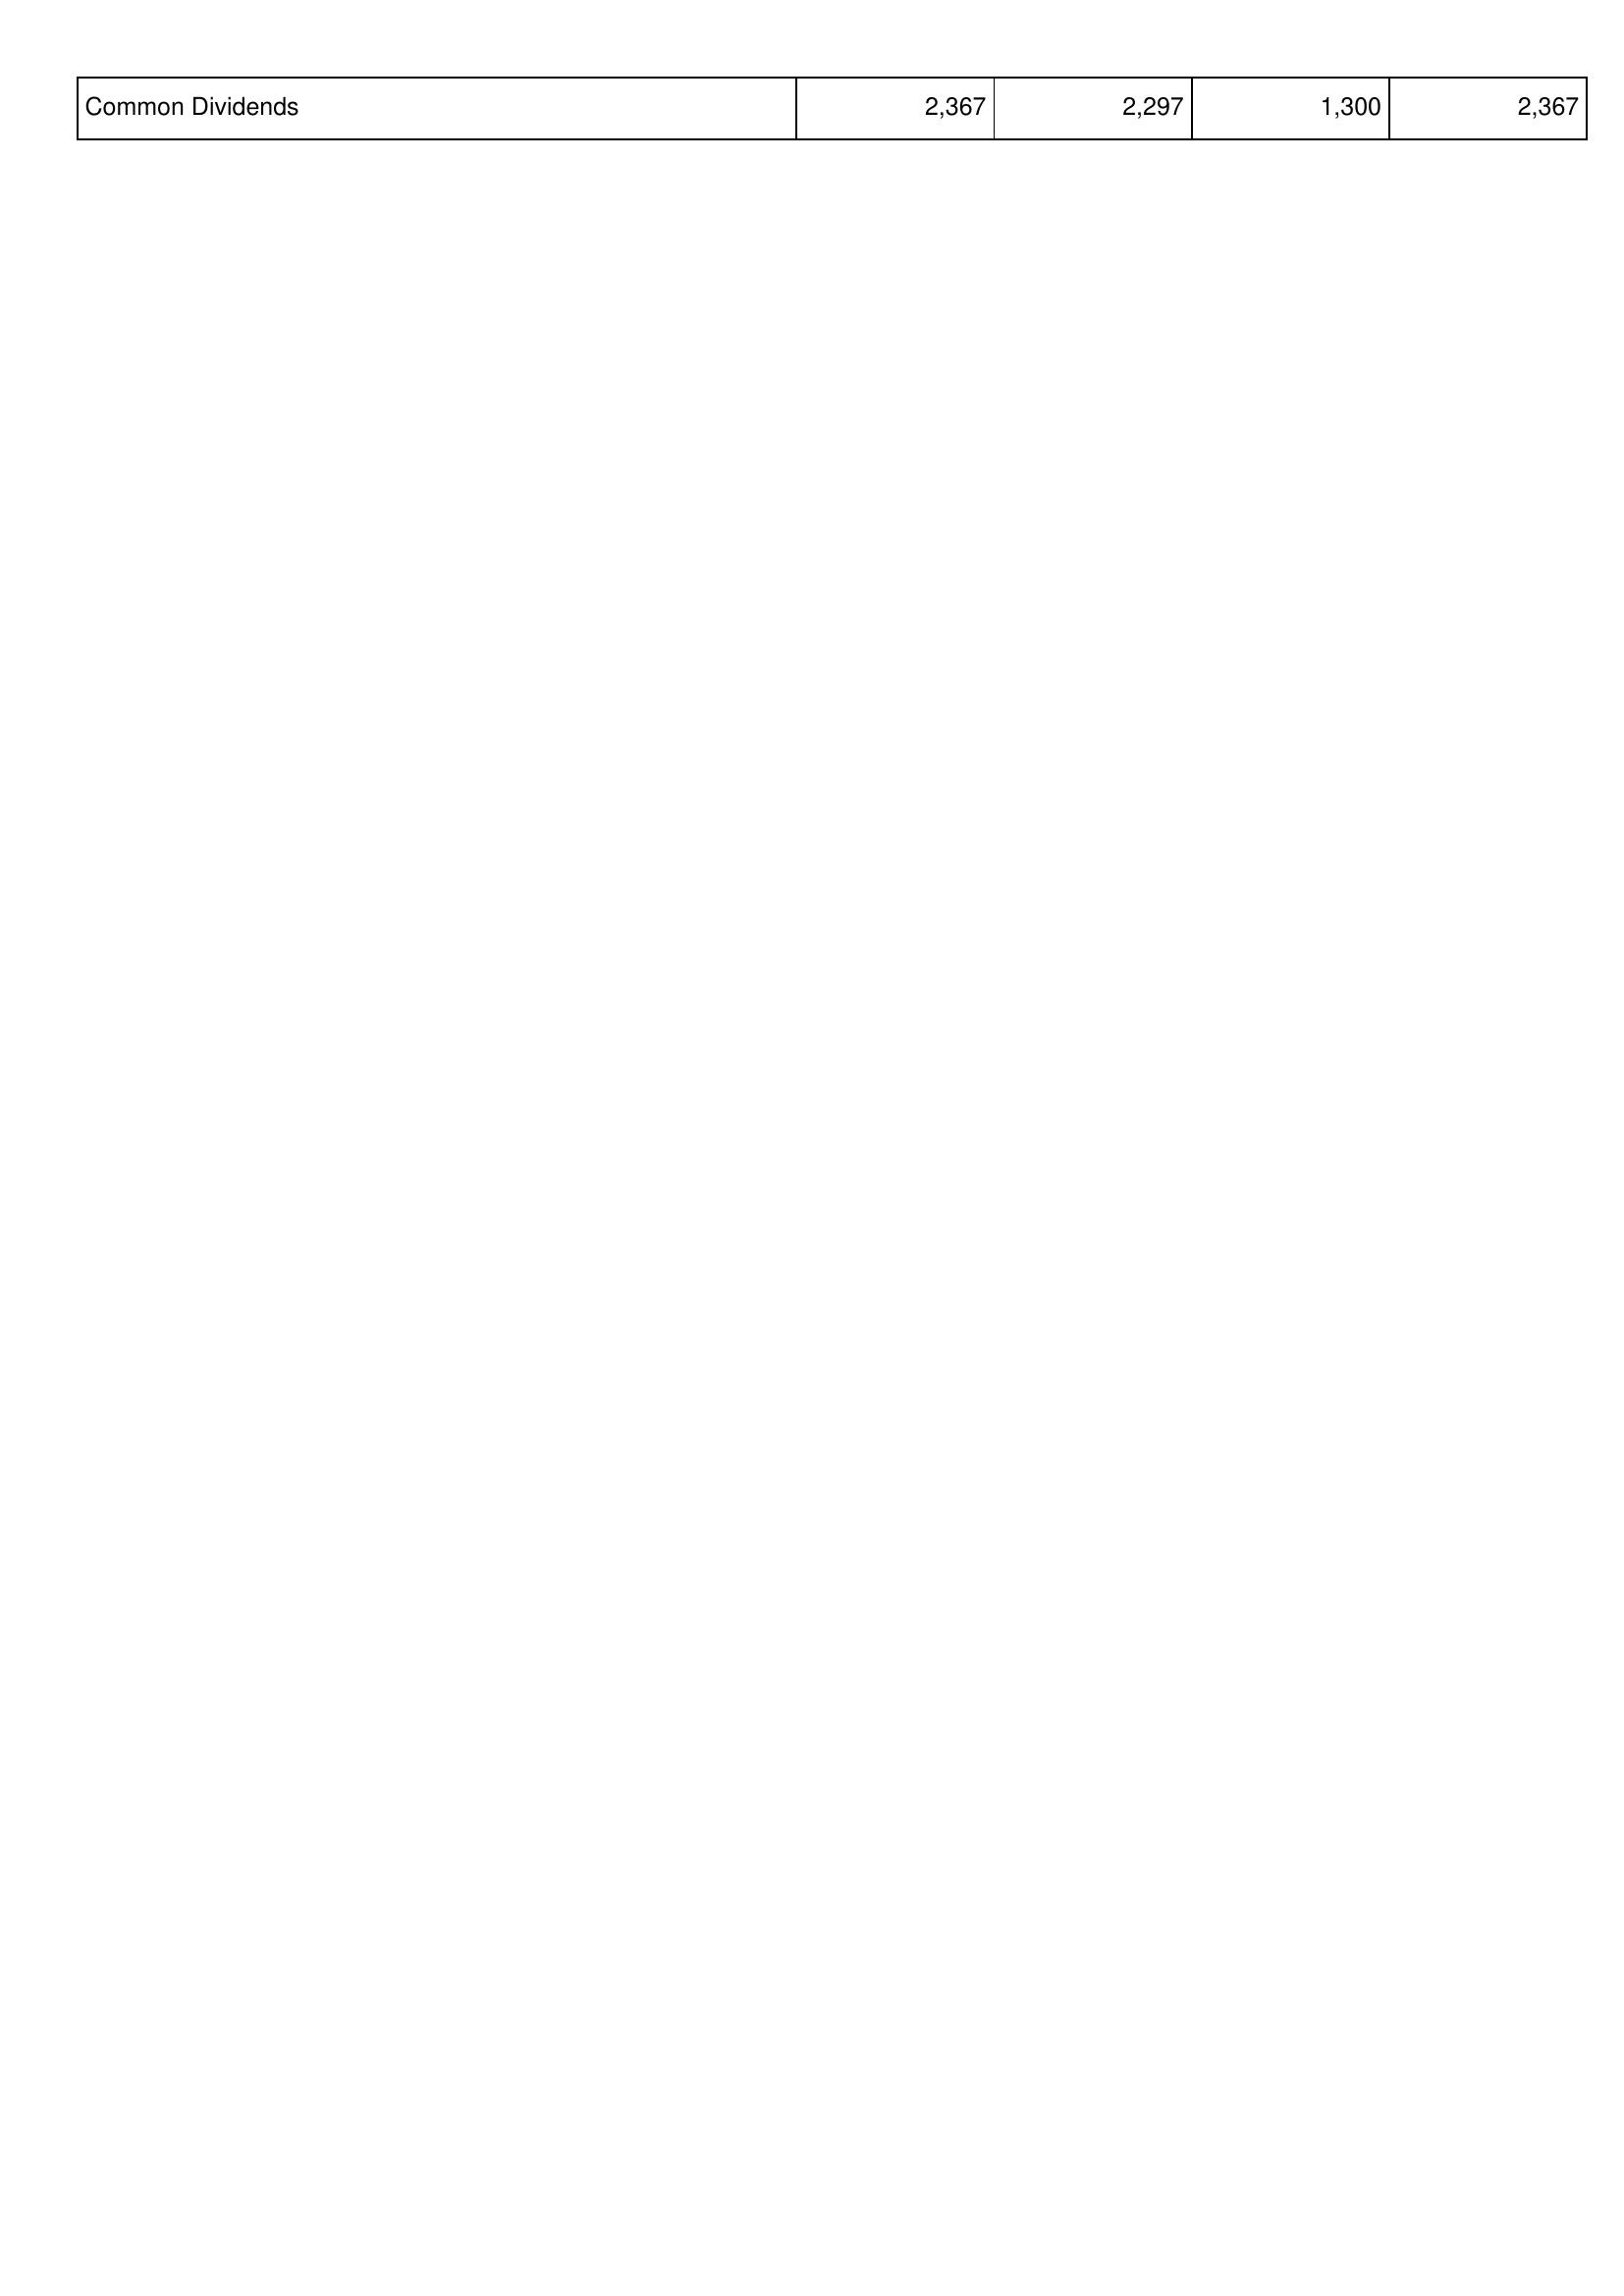
2006: Financing Activities: Common Dividends: 2,367
2007: Financing Activities: Common Dividends: 2,297
2008: Financing Activities: Common Dividends: 1,300
2009: Financing Activities: Common Dividends: 2,367